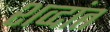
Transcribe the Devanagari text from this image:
शव्दांत